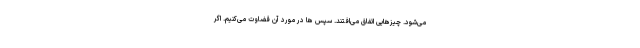
می‌شود. چیزهایی اتفاق می‌افتند. سپس ها در مورد آن قضاوت می‌کنیم. اگر